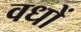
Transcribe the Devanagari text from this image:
वधों